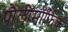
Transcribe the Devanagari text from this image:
पौलीमॉर्फिक